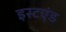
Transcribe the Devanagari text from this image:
इस्टएंड